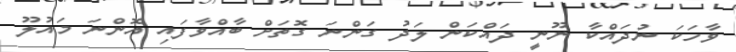
ވާހަކަ ނުދައްކާ ނޫނީ ދައްކަން ލަދު ގަންނަ ގޮތަށް ބާއްވާފައި އޮންނަ މައުލޫ